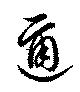
迩